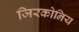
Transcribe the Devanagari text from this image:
जिरकोनिय